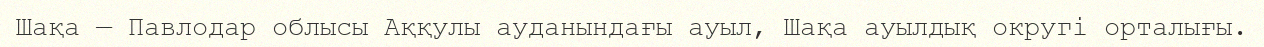
Шақа — Павлодар облысы Аққулы ауданындағы ауыл, Шақа ауылдық округі орталығы.